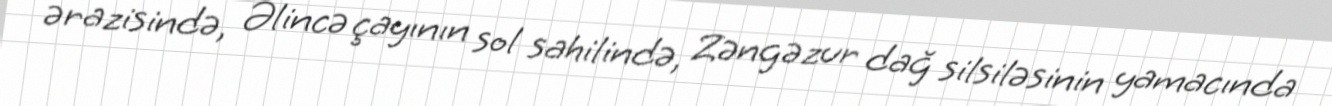
ərazisində, Əlincə çayının sol sahilində, Zəngəzur dağ silsiləsinin yamacında